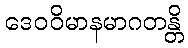
ဒေဝဝိမာနမာဂတန္တိ